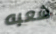
شعبه